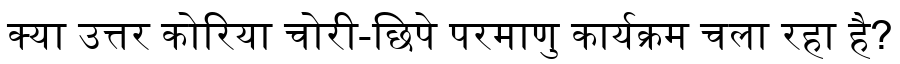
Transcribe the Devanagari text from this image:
क्या उत्तर कोरिया चोरी-छिपे परमाणु कार्यक्रम चला रहा है?